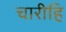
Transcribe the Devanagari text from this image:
चारीहि